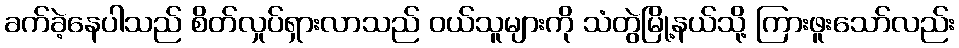
ခက်ခဲ့နေပါသည် စိတ်လှုပ်ရှားလာသည် ဝယ်သူများကို သံတွဲမြို့နယ်သို့ ကြားဖူးသော်လည်း